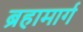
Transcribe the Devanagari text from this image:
ब्रहामार्ग